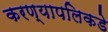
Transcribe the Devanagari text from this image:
करण्यापलिकडे